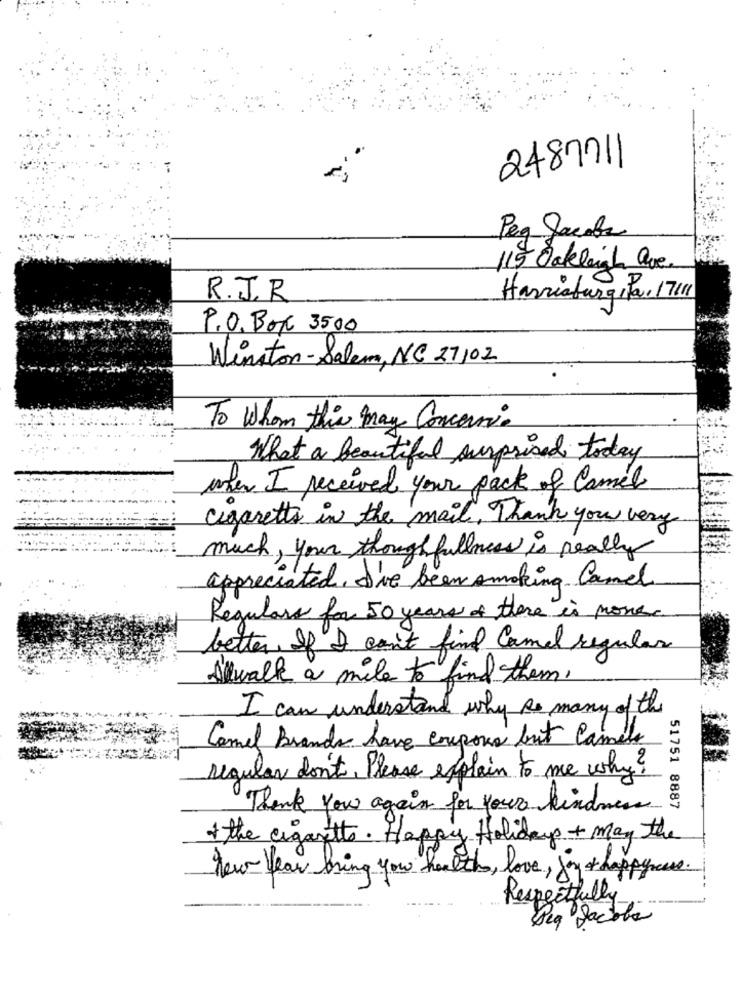
2487711
Peg Jacobs
115 Oakleigh ave.
R.J. R
Harrisburgita, 17111
P.O. Box 3500
Winston-Salem, NC 27102
To Whom this may Concerni.
What a beautiful surprised today
when I received your pack of Camel
cigarettes in the mail. Thank you very
much , your though fullness is really
appreciated. I've been smoking Camel
Regulars for 50 years of there is mons.
better If I can't find Camel regular
I'lwalk a mile to find them,
I can understand why so many of the
Camel Brands have coupons but Camila
regular don't, Please explain to me why?
51751 8887
Thank you again for your kindness
the cigarette. Happy Holidays + may the
new year bring you hoalth , love , joy & happycase .
Respectfully
a Jacible
Seg 12